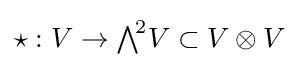
{\textstyle \textstyle {\star }:V\to \bigwedge ^{\!2}\!V\subset V\otimes V}